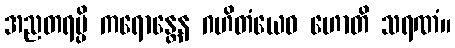
အညတရမ္ပိ ကရောန္တေန ဂဟိတံယေဝ ဟောတိ သရဏံ။